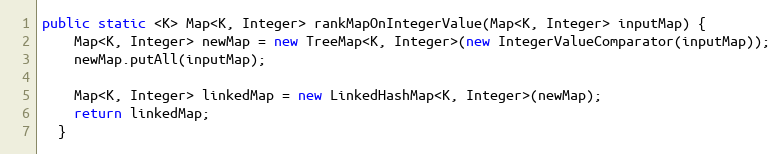
Language: Java
public static <K> Map<K, Integer> rankMapOnIntegerValue(Map<K, Integer> inputMap) {
    Map<K, Integer> newMap = new TreeMap<K, Integer>(new IntegerValueComparator(inputMap));
    newMap.putAll(inputMap);

    Map<K, Integer> linkedMap = new LinkedHashMap<K, Integer>(newMap);
    return linkedMap;
  }